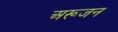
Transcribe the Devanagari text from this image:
अरूजन